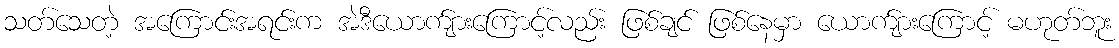
သတ်သေတဲ့ အကြောင်းအရင်းက အဲဒီယောက်ျားကြောင့်လည်း ဖြစ်ချင် ဖြစ်နေမှာ ယောက်ျားကြောင့် မဟုတ်ဘူး